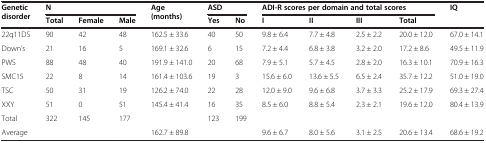
<table><thead><tr><td rowspan="2"><b>Genetic disorder</b></td><td colspan="3"><b>N</b></td><td rowspan="2"><b>Age (months)</b></td><td colspan="2"><b>ASD</b></td><td colspan="4"><b>ADI-R scores per domain and total scores</b></td><td rowspan="2"><b>IQ</b></td></tr><tr><td><b>Total</b></td><td><b>Female</b></td><td><b>Male</b></td><td><b>Yes</b></td><td><b>No</b></td><td><b>I</b></td><td><b>II</b></td><td><b>III</b></td><td><b>Total</b></td></tr></thead><tbody><tr><td>22q11DS</td><td>90</td><td>42</td><td>48</td><td>162.5 ± 33.6</td><td>40</td><td>50</td><td>9.8 ± 6.4</td><td>7.7 ± 4.8</td><td>2.5 ± 2.2</td><td>20.0 ± 12.0</td><td>67.0 ± 14.1</td></tr><tr><td>Down’s</td><td>21</td><td>16</td><td>5</td><td>169.1 ± 32.6</td><td>6</td><td>15</td><td>7.2 ± 4.4</td><td>6.8 ± 3.8</td><td>3.2 ± 2.0</td><td>17.2 ± 8.6</td><td>49.5 ± 11.9</td></tr><tr><td>PWS</td><td>88</td><td>48</td><td>40</td><td>191.9 ± 141.0</td><td>20</td><td>68</td><td>7.9 ± 5.1</td><td>5.7 ± 4.5</td><td>2.8 ± 2.0</td><td>16.3 ± 10.1</td><td>70.9 ± 16.3</td></tr><tr><td>SMC15</td><td>22</td><td>8</td><td>14</td><td>161.4 ± 103.6</td><td>19</td><td>3</td><td>15.6 ± 6.0</td><td>13.6 ± 5.5</td><td>6.5 ± 2.4</td><td>35.7 ± 12.2</td><td>51.0 ± 19.0</td></tr><tr><td>TSC</td><td>50</td><td>31</td><td>19</td><td>126.2 ± 74.0</td><td>22</td><td>28</td><td>12.0 ± 9.0</td><td>9.6 ± 6.8</td><td>3.7 ± 3.3</td><td>25.2 ± 17.9</td><td>69.3 ± 27.4</td></tr><tr><td>XXY</td><td>51</td><td>0</td><td>51</td><td>145.4 ± 41.4</td><td>16</td><td>35</td><td>8.5 ± 6.0</td><td>8.8 ± 5.4</td><td>2.3 ± 2.1</td><td>19.6 ± 12.0</td><td>80.4 ± 13.9</td></tr><tr><td>Total</td><td>322</td><td>145</td><td>177</td><td> </td><td>123</td><td>199</td><td> </td><td> </td><td> </td><td> </td><td> </td></tr><tr><td>Average</td><td> </td><td> </td><td> </td><td>162.7 ± 89.8</td><td> </td><td> </td><td>9.6 ± 6.7</td><td>8.0 ± 5.6</td><td>3.1 ± 2.5</td><td>20.6 ± 13.4</td><td>68.6 ± 19.2</td></tr></tbody></table>